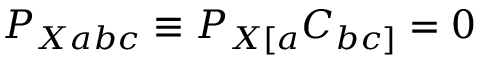
P _ { X a b c } \equiv P _ { X [ a } C _ { b c ] } = 0